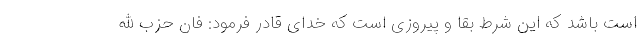
است باشد که این شرط بقا و پیروزی است که خدای قادر فرمود: فان حزب الله